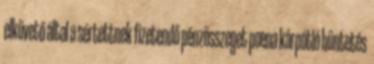
elkövető által a sértettnek fizetendő pénzösszeget poena kárpótló büntetés